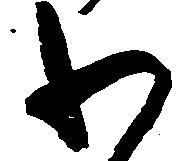
わ